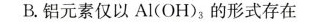
B.铝元素仅以Al(OH)_{ 3 }的形式存在